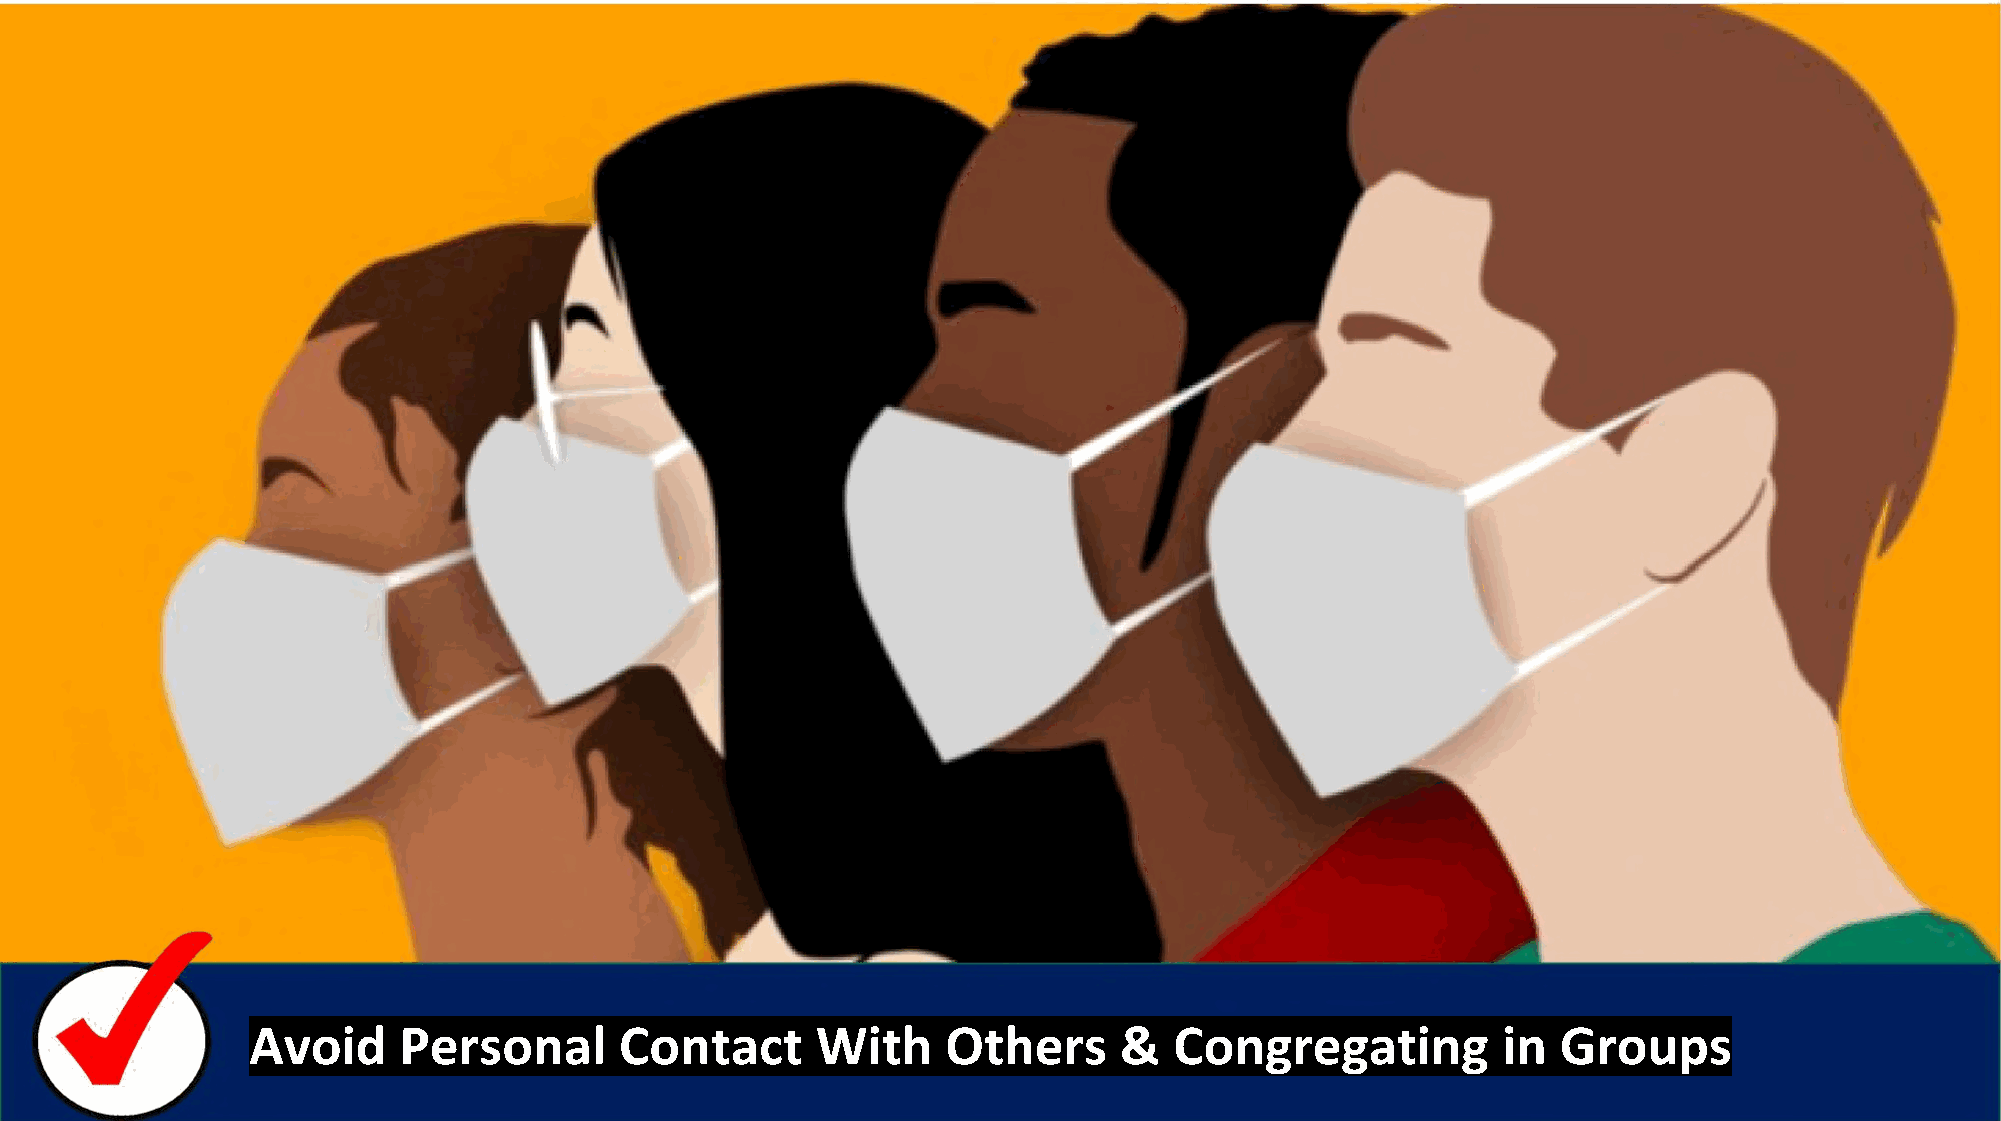
Avoid     Personal       Contact      With     Others     &   Congregating         in  Groups